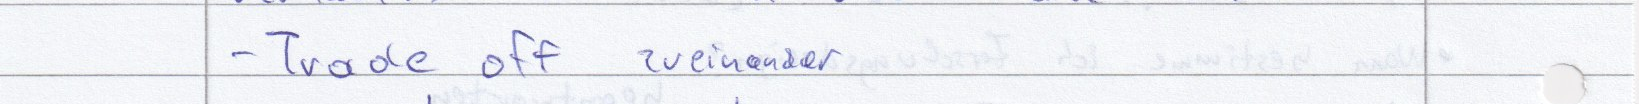
- Trade off zueinander